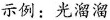
示例：光溜溜